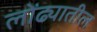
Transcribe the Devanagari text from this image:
लोंढ्यातील